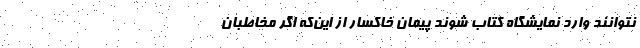
نتوانند وارد نمایشگاه کتاب شوند پیمان خاکسار از این‌که اگر مخاطبان